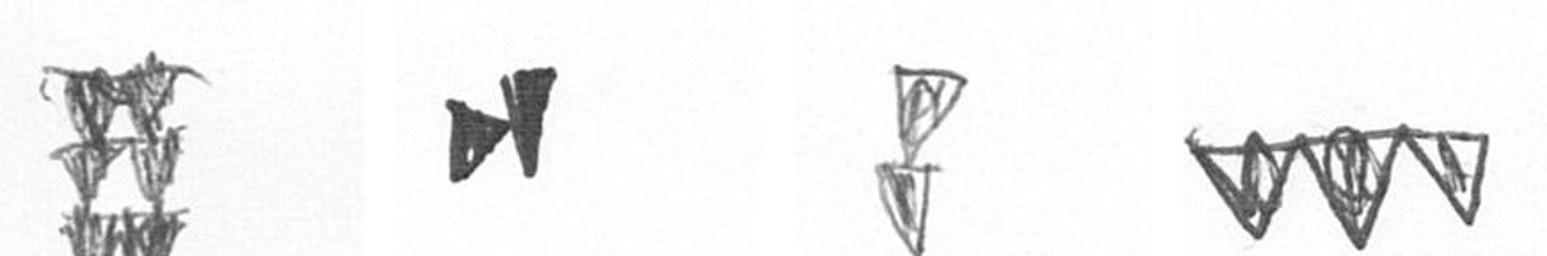
Y M Z L